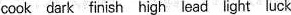
|cook dark finish high lead light luck |